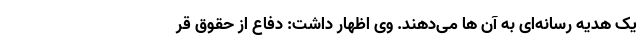
یک هدیه رسانه‌ای به آن ها می‌دهند. وی اظهار داشت: دفاع از حقوق قر